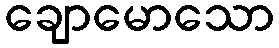
ချောမောသော